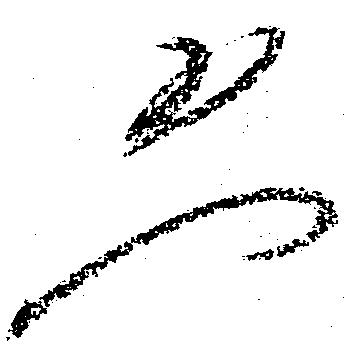
恐